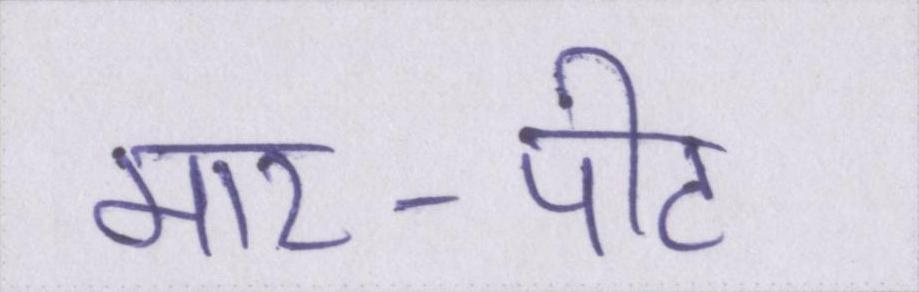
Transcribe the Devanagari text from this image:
मार-पीट